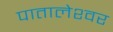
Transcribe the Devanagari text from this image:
पातालेश्‍वर